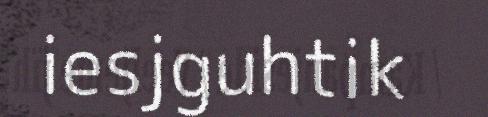
iesjguhtik